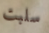
سلبت